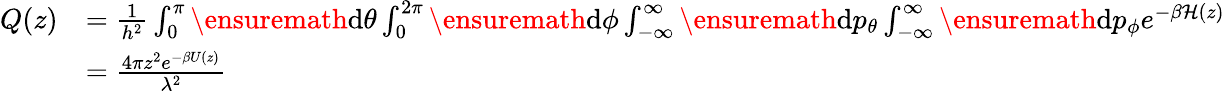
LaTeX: \begin{array}{rl}{Q(z)}&{=\frac{1}{h^{2}}\int_{0}^{\pi}\ensuremath{\mathrm{d}}\theta\int_{0}^{2\pi}\ensuremath{\mathrm{d}}\phi\int_{-\infty}^{\infty}\ensuremath{\mathrm{d}}p_{\theta}\int_{-\infty}^{\infty}\ensuremath{\mathrm{d}}p_{\phi}e^{-\beta\mathcal{H}(z)}}\\ &{=\frac{4\pi z^{2}e^{-\beta U(z)}}{\lambda^{2}}}\end{array}